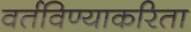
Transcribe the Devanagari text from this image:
वर्तविण्याकरिता